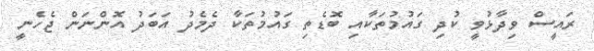
ރައީސް ވިދާޅުވީ ކުދި ގައުމުތަކާއި ބޮޑެތި ގައުމުތަކާ ދެމެދު އަބަދު އޮންނަން ޖެހެނީ